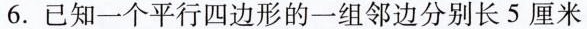
6.已知一个平行四边形的一组邻边分别长5厘米